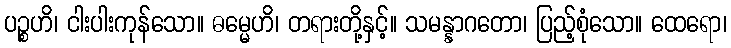
ပဉ္စဟိ၊ ငါးပါးကုန်သော။ ဓမ္မေဟိ၊ တရားတို့နှင့်။ သမန္နာဂတော၊ ပြည့်စုံသော။ ထေရော၊